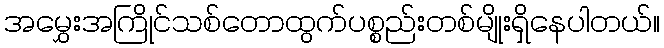
အမွှေးအကြိုင်သစ်တောထွက်ပစ္စည်းတစ်မျိုးရှိနေပါတယ်။